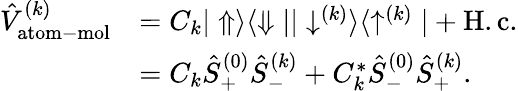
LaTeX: \begin{array}{rl}{\hat{V}_{\mathrm{atom-mol}}^{(k)}}&{=C_{k}|\Uparrow\rangle\langle\Downarrow||\downarrow^{(k)}\rangle\langle\uparrow^{(k)}|+\mathrm{H.c.}}\\ &{=C_{k}\hat{S}_{+}^{(0)}\hat{S}_{-}^{(k)}+C_{k}^{*}\hat{S}_{-}^{(0)}\hat{S}_{+}^{(k)}.}\end{array}